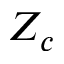
Z _ { c }